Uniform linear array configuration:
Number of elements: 4
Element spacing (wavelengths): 1
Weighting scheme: uniform
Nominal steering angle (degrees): -45
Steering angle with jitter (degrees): -44.569
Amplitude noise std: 0.05
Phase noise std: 0.05

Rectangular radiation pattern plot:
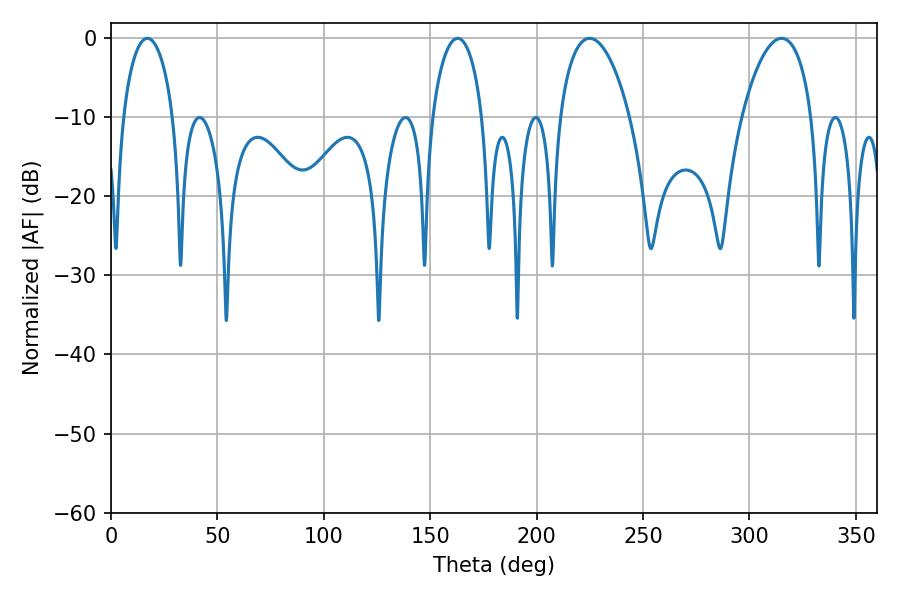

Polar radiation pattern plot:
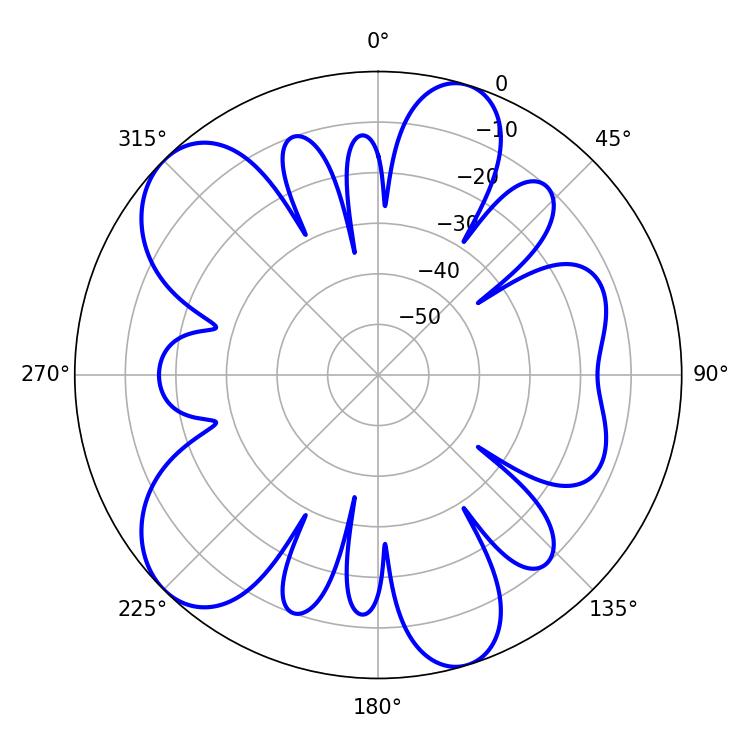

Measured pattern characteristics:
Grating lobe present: TRUE
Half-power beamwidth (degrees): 13.5
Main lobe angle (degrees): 17.1